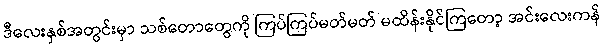
ဒီလေးနှစ်အတွင်းမှာ သစ်တောတွေကို ကြပ်ကြပ်မတ်မတ် မထိန်းနိုင်ကြတော့ အင်းလေးကန်